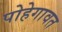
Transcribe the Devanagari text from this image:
पोहेगावत